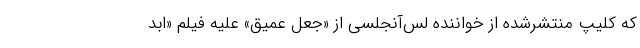
که کلیپ منتشرشده از خواننده لس‌آنجلسی از «جعل عمیق» علیه فیلم «ابد